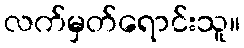
လက်မှတ်ရောင်းသူ။